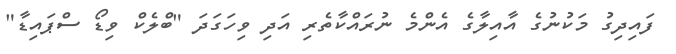
ފައިދިގު މަކުނުގެ އާއިލާގެ އެންމެ ނުރައްކާތެރި އަދި ވިހަގަދަ "ބްލެކް ވިޑޯ ސްޕައިޑާ"